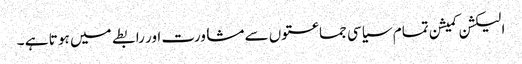
الیکشن کمیشن تمام سیاسی جماعتوں سے مشاورت اور رابطے میں ہو تا ہے ۔